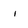
Character: i